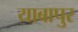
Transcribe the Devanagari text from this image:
याबापुर